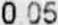
0.05